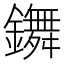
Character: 𨮧